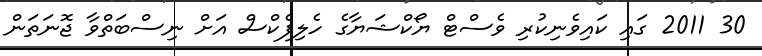
30 2011 ގައި ކައިވެނިކުރި ވެސްޓް ޔޯކްޝަޔާގެ ހެލިފެކްސް އަށް ނިސްބަތްވާ ޖޮނަތަން